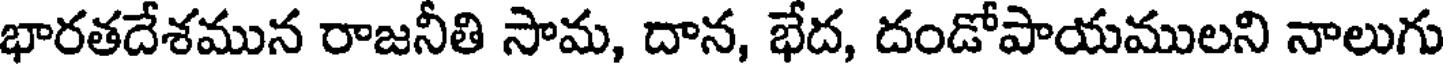
భారతదేశమున రాజనీతి సామ, దాన, భేద, దండోపాయములని నాలుగు